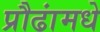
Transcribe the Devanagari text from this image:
प्रौढांमधे